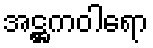
အဋ္ဌကဝါရော